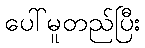
ပေါ်မူတည်ပြီး